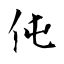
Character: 伅